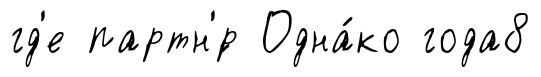
гд'е партн'́р Одна́ко года8